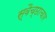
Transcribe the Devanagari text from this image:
स्‍वैच्‍छाचार